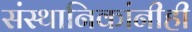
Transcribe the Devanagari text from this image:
संस्थानिकांनीही